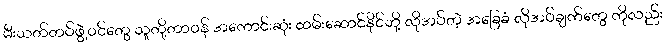
မီးသတ်တပ်ဖွဲ့ဝင်တွေ သူတို့တာဝန် အကောင်းဆုံး ထမ်းဆောင်နိုင်ဘို့ လိုအပ်တဲ့ အခြေခံ လိုအပ်ချက်တွေ ကိုလည်း